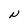
Character: N